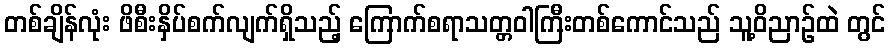
တစ်ချိန်လုံး ဖိစီးနှိပ်စက်လျက်ရှိသည့် ကြောက်စရာသတ္တဝါကြီးတစ်ကောင်သည် သူ့ဝိညာဉ်ထဲ တွင်